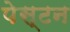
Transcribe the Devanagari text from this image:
पेस्टन